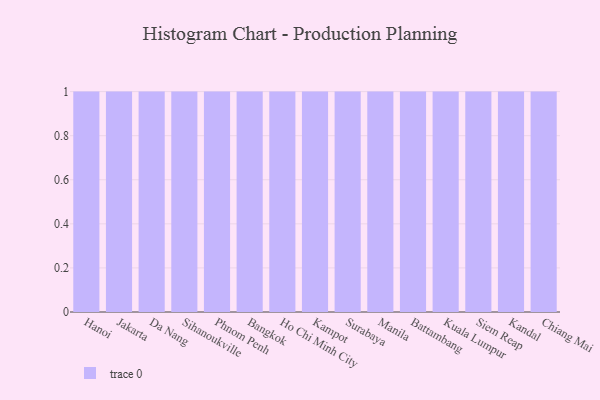
{"axis": {"x": "City", "y": "Energy Usage (MWh)"}, "legend": [""], "data": [{"x": "Hanoi", "y": 47, "type": ""}, {"x": "Jakarta", "y": 5, "type": ""}, {"x": "Da Nang", "y": 22, "type": ""}, {"x": "Sihanoukville", "y": 37, "type": ""}, {"x": "Phnom Penh", "y": 66, "type": ""}, {"x": "Bangkok", "y": 14, "type": ""}, {"x": "Ho Chi Minh City", "y": 88, "type": ""}, {"x": "Kampot", "y": 59, "type": ""}, {"x": "Surabaya", "y": 20, "type": ""}, {"x": "Manila", "y": 28, "type": ""}, {"x": "Battambang", "y": 38, "type": ""}, {"x": "Kuala Lumpur", "y": 100, "type": ""}, {"x": "Siem Reap", "y": 5, "type": ""}, {"x": "Kandal", "y": 88, "type": ""}, {"x": "Chiang Mai", "y": 75, "type": ""}]}